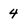
Character: 4